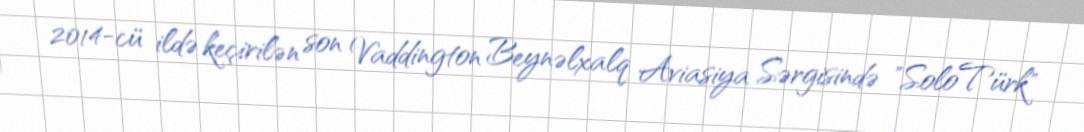
2014-cü ildə keçirilən son Vaddington Beynəlxalq Aviasiya Sərgisində "SoloTürk"